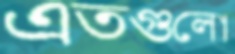
এতগুলো